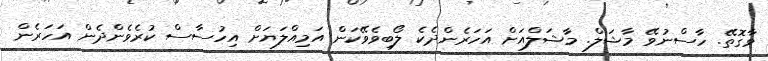
ވާގޮތޭ. ހާސްނުވޭ މާޝަލް. މާޝަލްއަށް އަހަރެންދެކެ ލޯބިވެވޭކަން އަމިއްލަޔަށް އިހުސާސް ކުރެވެންދެން އަހަރެން